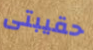
حقيبتى